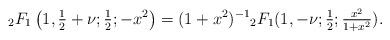
LaTeX: \begin{align*} {}_2F_1\left(1,\tfrac{1}{2}+\nu;\tfrac{1}{2};-x^2\right)= (1+x^2)^{-1} {}_2F_1(1,-\nu;\tfrac{1}{2};\tfrac{x^2}{1+x^2}).\end{align*}